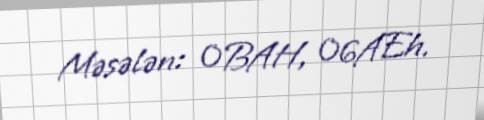
Məsələn: 0BAH, 06AEh.